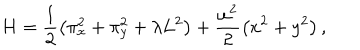
H = \frac { 1 } { 2 } \left( \pi _ { x } ^ { 2 } + \pi _ { y } ^ { 2 } + \lambda L ^ { 2 } \right) + \frac { \omega ^ { 2 } } { 2 } \left( x ^ { 2 } + y ^ { 2 } \right) ,